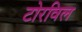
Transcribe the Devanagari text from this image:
टोरविल